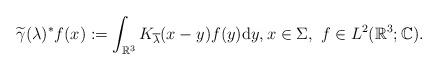
LaTeX: \begin{align*} \widetilde{\gamma}(\lambda)^* f(x) := \int_{\mathbb{R}^3} K_{\overline{\lambda}}(x - y) f(y) \mathrm{d} y, x \in \Sigma, ~f \in L^2(\mathbb{R}^3; \mathbb{C}).\end{align*}